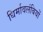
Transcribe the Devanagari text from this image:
धिर्मावलंबियों